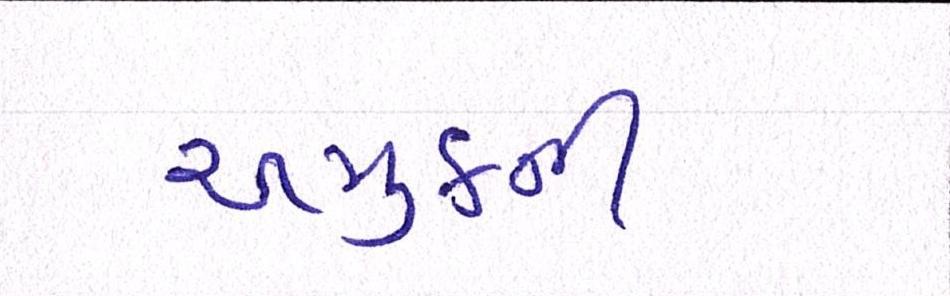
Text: અમુકની